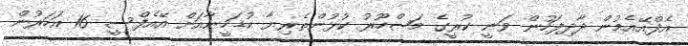
އެފްއޭއެމުން ދާދިފަހުން ވަނީ ކުރީގެ މަޝްހޫރު ކުޅުންތެރިޔާ ކުޑަހީނާއަށް އޭއެފްސީ 16 އަހަރުން